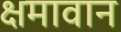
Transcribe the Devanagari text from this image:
क्षमावान